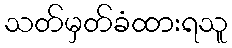
သတ်မှတ်ခံထားရသူ